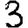
Digit: 3